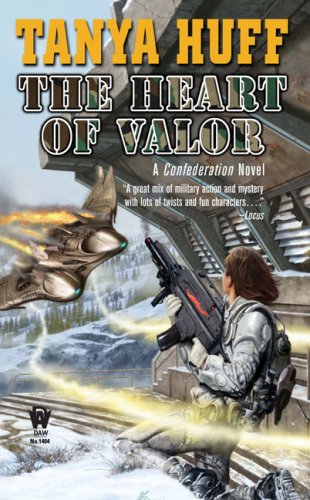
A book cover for The Heart of Valor: A Confederation Novel (Valor Novel); Tanya Huff; Literature & Fiction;